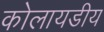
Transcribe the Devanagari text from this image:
कोलायडीय